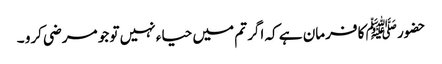
حضور ﷺ کا فرمان ہے کہ اگر تم میں حیاء نہیں تو جو مرضی کرو ۔